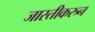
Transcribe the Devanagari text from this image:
जास्तीकरुन